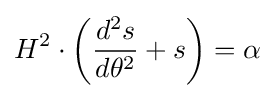
H^{2}\cdot \left({\frac {d^{2}s}{d\theta ^{2}}}+s\right)=\alpha